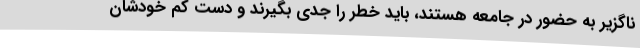
ناگزیر به حضور در جامعه هستند، باید خطر را جدی بگیرند و دست کم خودشان